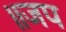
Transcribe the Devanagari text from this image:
॥जप